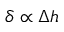
\delta \propto \Delta h